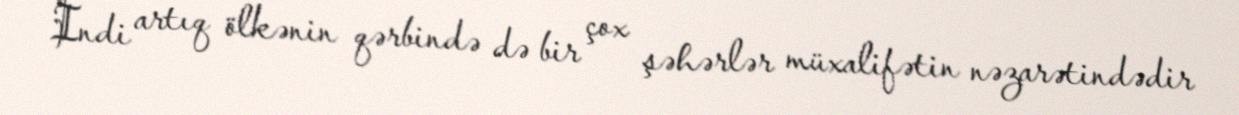
İndi artıq ölkənin qərbində də bir çox şəhərlər müxalifətin nəzarətindədir